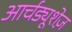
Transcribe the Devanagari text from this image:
आर्चड्यूशेज़